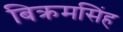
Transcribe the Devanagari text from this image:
बिक्रमसिंह